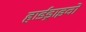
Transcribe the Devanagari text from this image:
हार्डड्राइवों